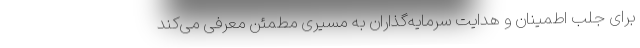
برای جلب اطمینان و هدایت سرمایه‌گذاران به مسیری مطمئن معرفی می‌کند